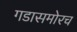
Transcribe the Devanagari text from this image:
गडासमोरच